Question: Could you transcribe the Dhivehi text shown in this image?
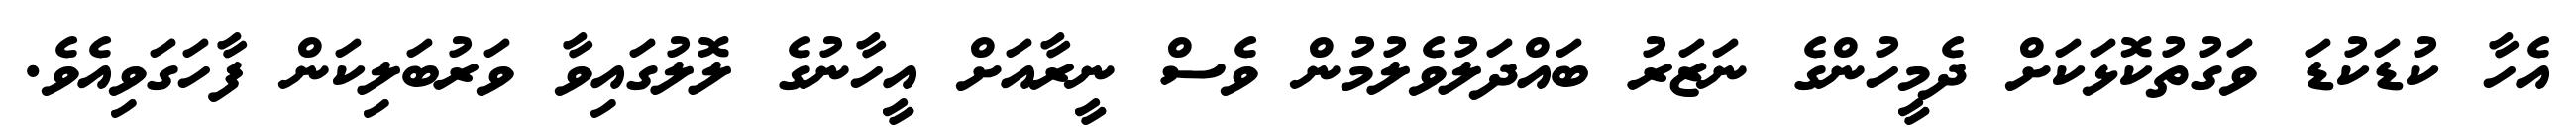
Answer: އެހާ ކުޑަކުޑަ ވަގުތުކޮޅަކަށް ދެމީހުންގެ ނަޒަރު ބައްދަލުވެލުމުން ވެސް ނީރާއަށް އީހާނުގެ ލޮލުގައިވާ ވަރުބަލިކަން ފާހަގަވިއެވެ.